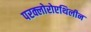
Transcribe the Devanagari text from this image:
परक्लोरोएथिलीन